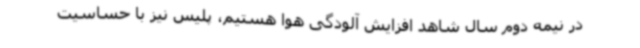
در نیمه دوم سال شاهد افزایش آلودگی هوا هستیم، پلیس نیز با حساسیت